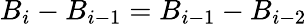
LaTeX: B_{i}-B_{i-1}=B_{i-1}-B_{i-2}